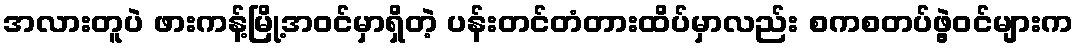
အလားတူပဲ ဖားကန့်မြို့အဝင်မှာရှိတဲ့ ပန်းတင်တံတားထိပ်မှာလည်း စကစတပ်ဖွဲ့ဝင်များက